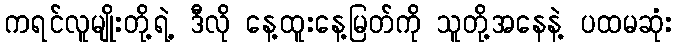
ကရင်လူမျိုးတို့ရဲ့ ဒီလို နေ့ထူးနေ့မြတ်ကို သူတို့အနေနဲ့ ပထမဆုံး